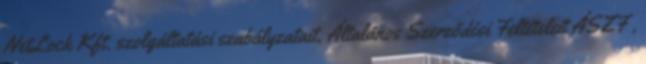
NetLock Kft. szolgáltatási szabályzatait, Általános Szerződési Feltételeit ÁSZF ,